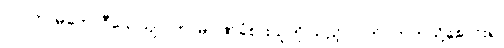
(၁) ကာမဘောဂီသေယျ - ကာမဂုဏ်ခံစားသူတို၊သည့် လက်ဝဲဘက်သို့စောင်း၍